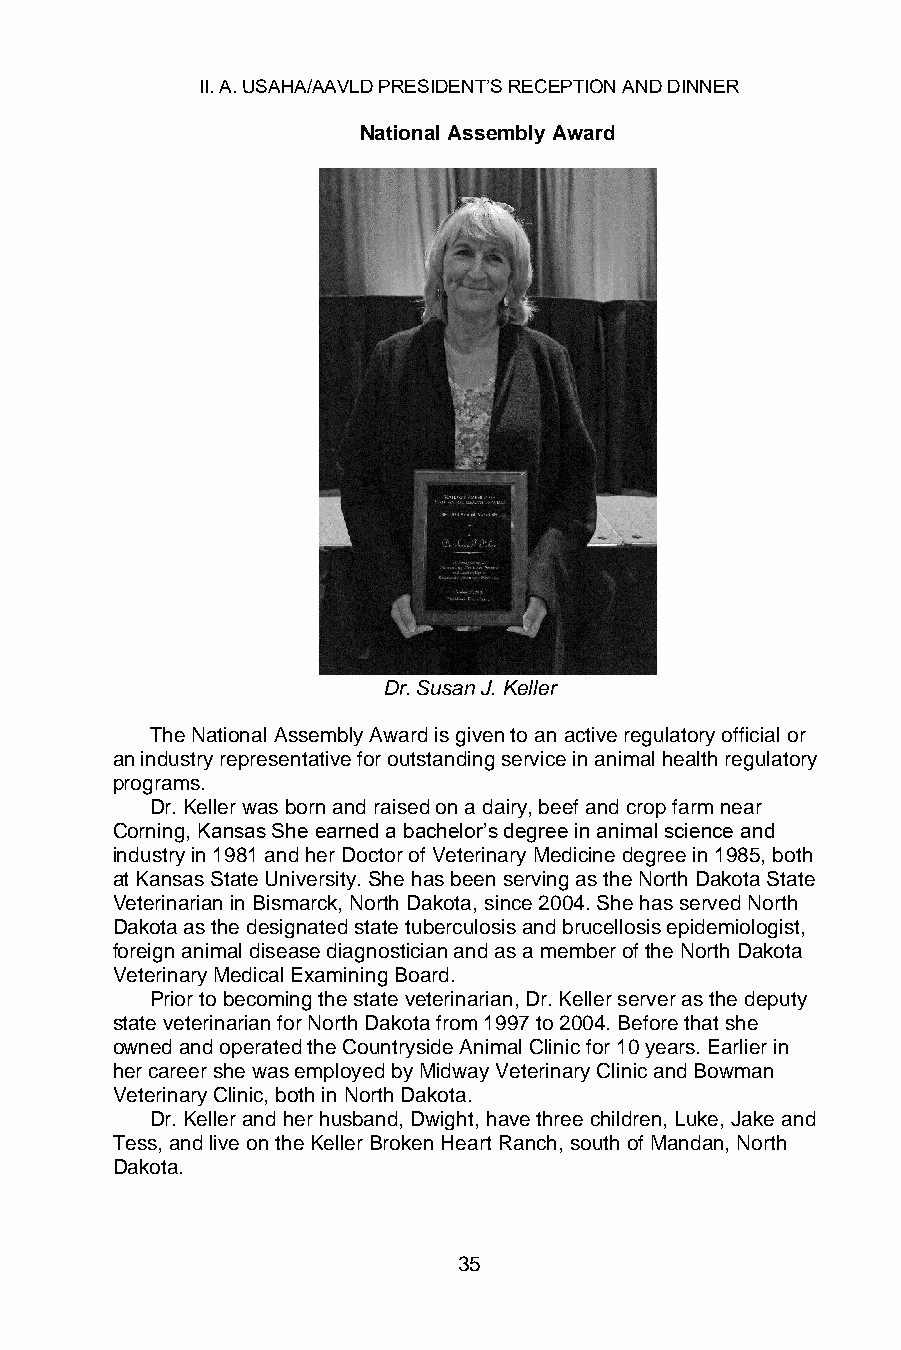
II. A. USAHA/AAVLD PRESIDENT’S RECEPTION AND DINNER
 National Assembly Award
 Dr. Susan J. Keller
 The National Assembly Award is given to an active regulatory official or
 an industry representative for outstanding service in animal health regulatory
 programs.
 Dr. Keller was born and raised on a dairy, beef and crop farm near
 Corning, Kansas She earned a bachelor’s degree in animal science and
 industry in 1981 and her Doctor of Veterinary Medicine degree in 1985, both
 at Kansas State University. She has been serving as the North Dakota State
 Veterinarian in Bismarck, North Dakota, since 2004. She has served North
 Dakota as the designated state tuberculosis and brucellosis epidemiologist,
 foreign animal disease diagnostician and as a member of the North Dakota
 Veterinary Medical Examining Board.
 Prior to becoming the state veterinarian, Dr. Keller server as the deputy
 state veterinarian for North Dakota from 1997 to 2004. Before that she
 owned and operated the Countryside Animal Clinic for 10 years. Earlier in
 her career she was employed by Midway Veterinary Clinic and Bowman
 Veterinary Clinic, both in North Dakota.
 Dr. Keller and her husband, Dwight, have three children, Luke, Jake and
 Tess, and live on the Keller Broken Heart Ranch, south of Mandan, North
 Dakota.
 35